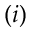
( i )